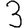
Digit: 3